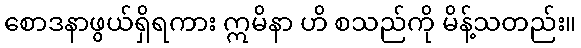
စောဒနာဖွယ်ရှိရကား ဣမိနာ ဟိ စသည်ကို မိန့်သတည်း။